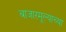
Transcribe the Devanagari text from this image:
बाजारमूल्याच्या